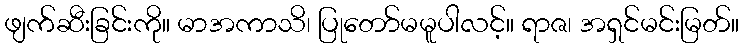
ဖျက်ဆီးခြင်းကို။ မာအကာသိ၊ ပြုတော်မမူပါလင့်။ ရာဇ၊ အရှင်မင်းမြတ်။